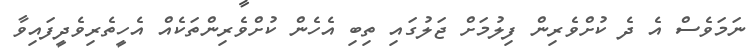
ނަމަވެސް އެ ދެ ކުށްވެރިން ފިލުމަށް ޖަލުގައި ތިބި އެހެން ކުށްވެރިންތަކެއް އެހީތެރިވެދީފައިވާ